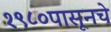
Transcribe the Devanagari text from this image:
१९८०पासूनचे